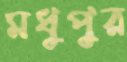
মধুপুর